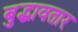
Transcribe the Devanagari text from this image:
बुद्धावतार